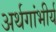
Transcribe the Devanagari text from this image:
अर्थगांभीर्य